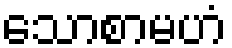
သောစာမဟံ